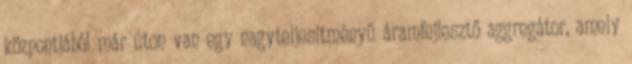
központjából már úton van egy nagyteljesítményű áramfejlesztő aggregátor, amely